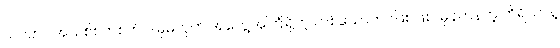
သင်ဟာ အသစ်စက်စက် ဒါမှမဟုတ် အတွေ့အကြုံရှိတဲ့ တစ်ယောက်ပဲဖြစ်ဖြစ်၊ မှန်ကန်တဲ့ ကိရိယာနဲ့